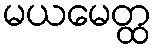
မယမေတ္ထ